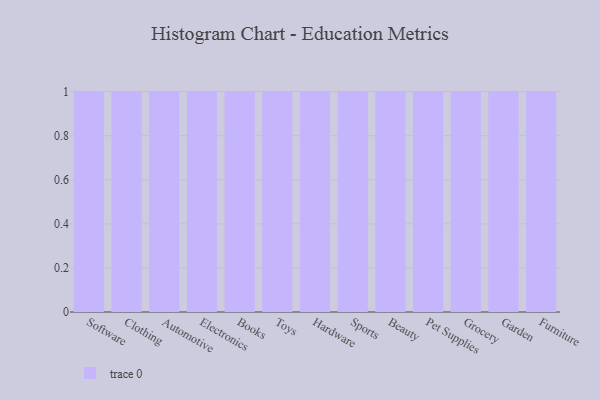
{"axis": {"x": "Category", "y": "Operating Costs (USD K)"}, "legend": [""], "data": [{"x": "Software", "y": 87, "type": ""}, {"x": "Clothing", "y": 30, "type": ""}, {"x": "Automotive", "y": 94, "type": ""}, {"x": "Electronics", "y": 91, "type": ""}, {"x": "Books", "y": 23, "type": ""}, {"x": "Toys", "y": 76, "type": ""}, {"x": "Hardware", "y": 87, "type": ""}, {"x": "Sports", "y": 89, "type": ""}, {"x": "Beauty", "y": 82, "type": ""}, {"x": "Pet Supplies", "y": 77, "type": ""}, {"x": "Grocery", "y": 89, "type": ""}, {"x": "Garden", "y": 71, "type": ""}, {"x": "Furniture", "y": 66, "type": ""}]}